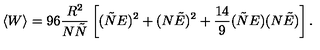
\langle W \rangle = 9 6 \frac { R ^ { 2 } } { N \tilde { N } } \left[ ( \tilde { N } E ) ^ { 2 } + ( N \tilde { E } ) ^ { 2 } + \frac { 1 4 } { 9 } ( \tilde { N } E ) ( N \tilde { E } ) \right] .